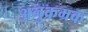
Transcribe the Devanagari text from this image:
अनुक्रम्रक